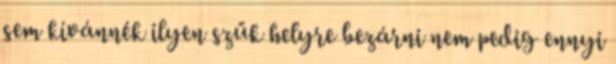
sem kívánnék ilyen szűk helyre bezárni nem pedig ennyi